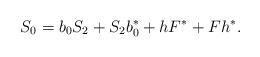
LaTeX: \begin{align*}S_0= b_0S_2+S_2b^*_0+hF^*+Fh^*.\end{align*}